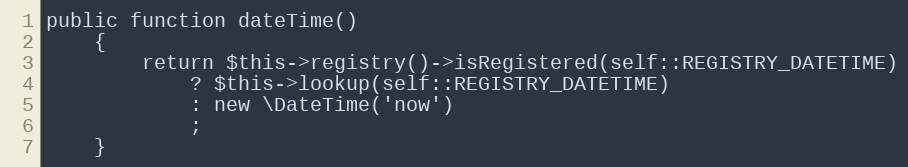
Language: PHP
public function dateTime()
	{
		return $this->registry()->isRegistered(self::REGISTRY_DATETIME)
			? $this->lookup(self::REGISTRY_DATETIME)
			: new \DateTime('now')
			;
	}